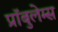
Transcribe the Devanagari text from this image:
प्रॉबुलेम्स